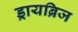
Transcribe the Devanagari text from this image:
ड्रायब्रिज